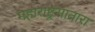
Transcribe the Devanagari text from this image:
महाराष्ट्रसातारा